Annual report of the Camel Specialist
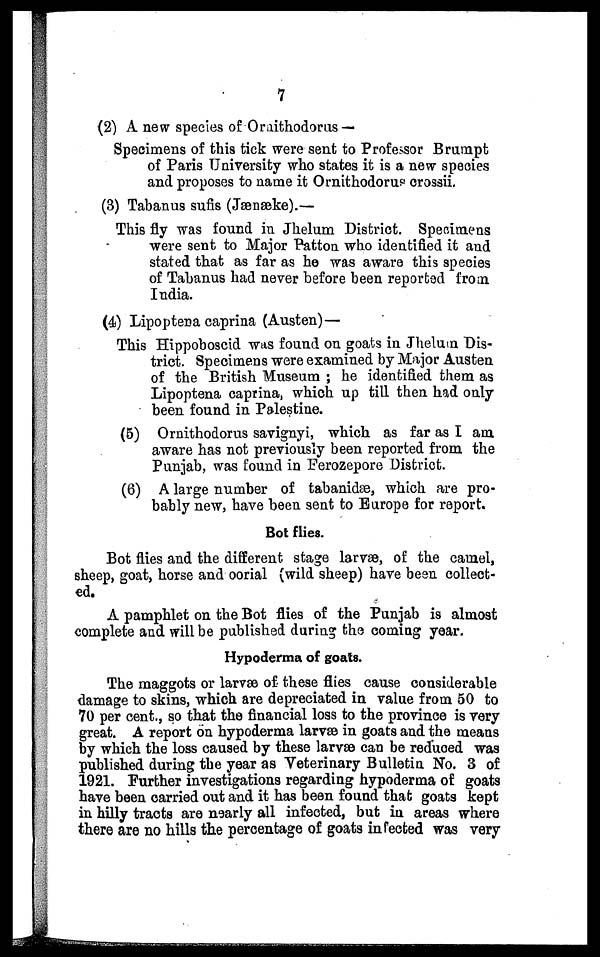
7
(2) A new species of Ornithodorus —
Specimens of this tick were sent to Professor Brumpt
of Paris University who states it is a new species
and proposes to name it Ornithodorus crossii.
(3) Tabanus sufis (Jænæke).—
This fly was found in Jhelum District. Specimens
were sent to Major Patton who identified it and
stated that as far as he was aware this species
of Tabanus had never before been reported from
India.
(4) Lipoptena caprina (Austen)—
This Hippoboscid was found on goats in Jhelum Dis-
trict. Specimens were examined by Major Austen
of the British Museum ; he identified them as
Lipoptena caprina, which up till then had only
been found in Palestine.
(5) Ornithodorus savignyi, which as far as I am
aware has not previously been reported from the
Punjab, was found in Ferozepore District.
(6) A large number of tabanidæ, which are pro-
bably new, have been sent to Europe for report.
Bot flies.
Bot flies and the different stage larvae, of the camel,
sheep, goat, horse and oorial (wild sheep) have been collect-
ed.
A pamphlet on the Bot flies of the Punjab is almost
complete and will be published during the coming year.
Hypoderma of goats.
The maggots or larvæ of these flies cause considerable
damage to skins, which are depreciated in value from 50 to
70 per cent., so that the financial loss to the province is very
great. A report on hypoderma larvæ in goats and the means
by which the loss caused by these larvae can be reduced was
published during the year as Veterinary Bulletin No. 3 of
1921. Further investigations regarding hypoderma of goats
have been carried out and it has been found that goats kept
in hilly tracts are nearly all infected, but in areas where
there are no hills the percentage of goats infected was very